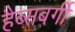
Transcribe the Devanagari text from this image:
हैब्सबर्गी